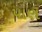
પાણ